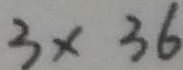
3 \times 3 6